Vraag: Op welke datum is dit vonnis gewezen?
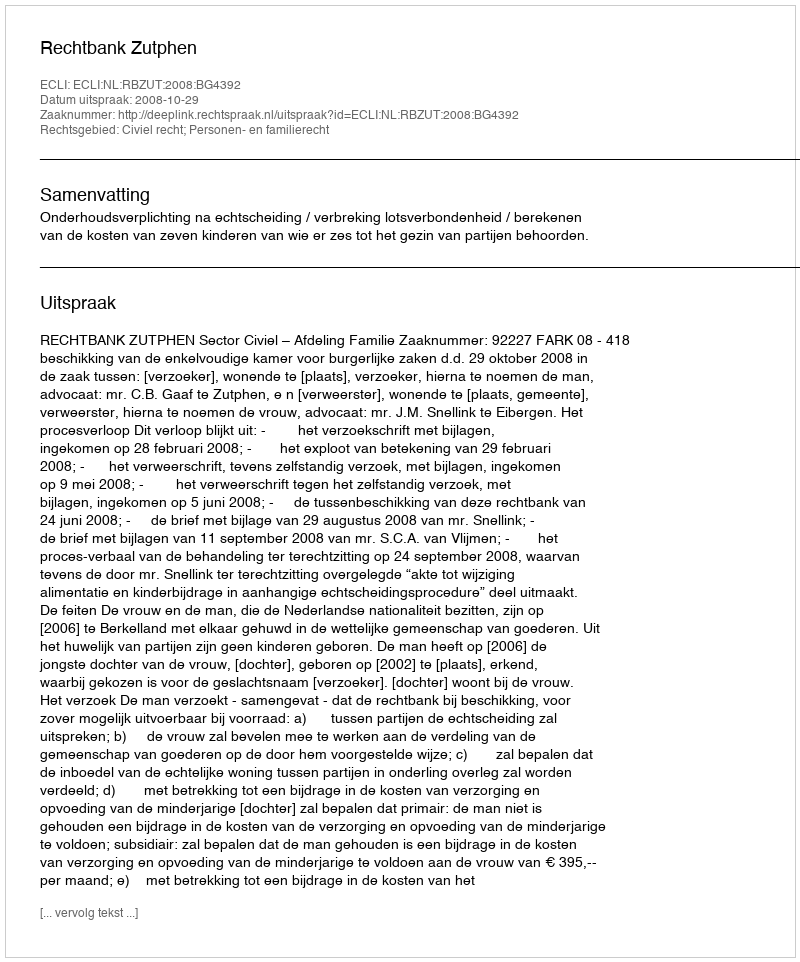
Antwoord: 2008-10-29